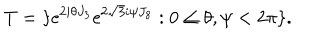
T = \{ \mathrm { e } ^ { 2 i \theta J _ { 3 } } \mathrm { e } ^ { 2 \sqrt { 3 } i \psi J _ { 8 } } : 0 \leq \theta , \psi < 2 \pi \} .